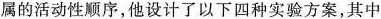
属的活动性顺序，他设计了以下四种实验方案，其中